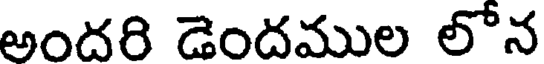
అందరి డెందముల లోన